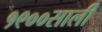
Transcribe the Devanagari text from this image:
१९००साली